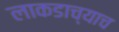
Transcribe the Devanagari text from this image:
लाकडाच्याच